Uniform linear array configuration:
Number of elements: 64
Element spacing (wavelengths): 1
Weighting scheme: hann
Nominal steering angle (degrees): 15
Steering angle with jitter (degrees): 14.449
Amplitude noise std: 0.05
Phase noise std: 0.05

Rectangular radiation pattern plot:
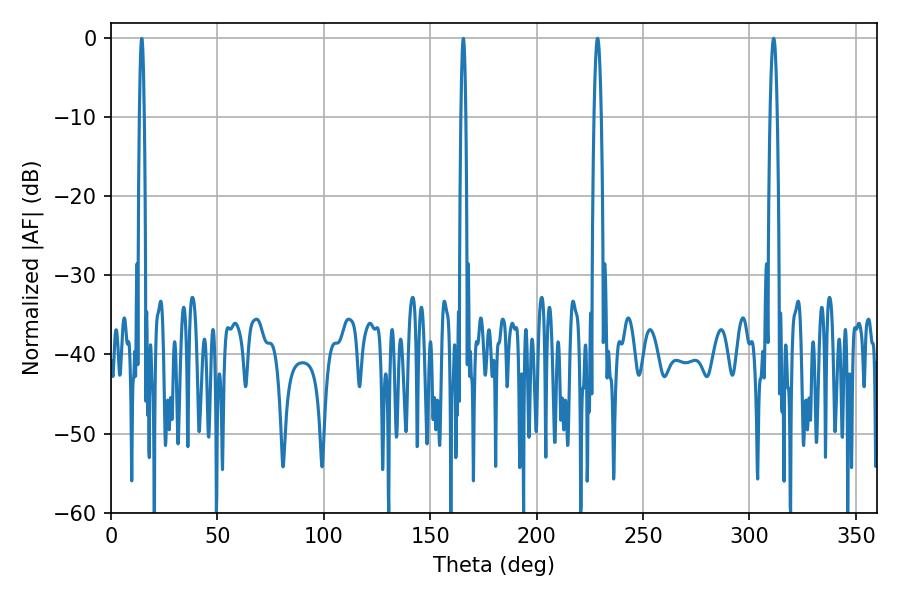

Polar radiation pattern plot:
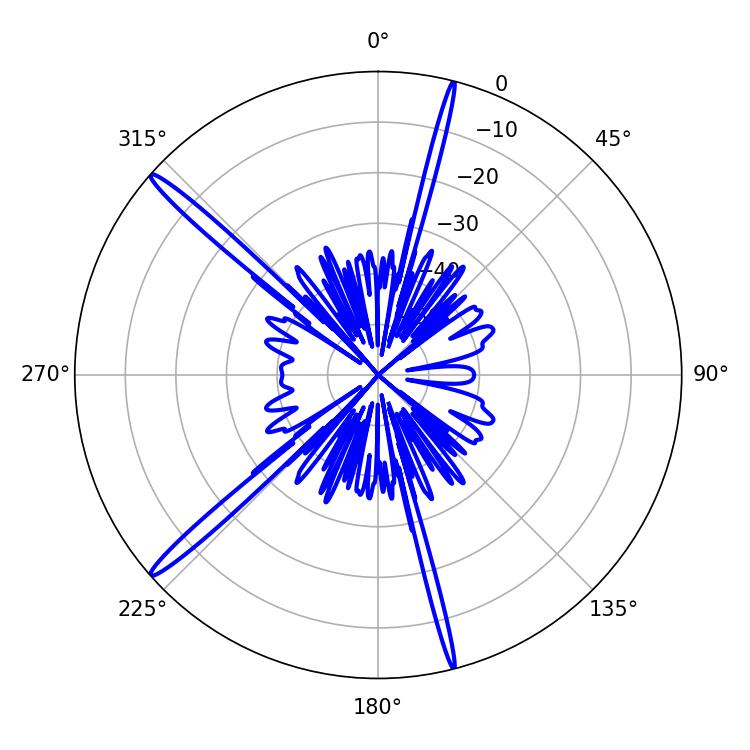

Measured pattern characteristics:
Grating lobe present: TRUE
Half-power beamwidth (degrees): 1.8
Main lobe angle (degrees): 228.6